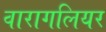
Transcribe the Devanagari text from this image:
वारागलियर